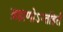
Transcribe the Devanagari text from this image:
ब्रह्मणोऽन्तहिर्तं